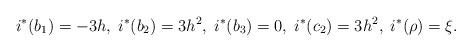
LaTeX: \begin{align*}i^{*}(b_{1}) = -3h, \; i^{*}(b_{2}) = 3h^{2}, \; i^{*}(b_{3}) = 0,\;i^{*}(c_{2}) = 3h^{2}, \; i^{*}(\rho) = \xi.\end{align*}